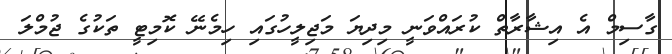
ގާސިމް އެ އިޝާރާތް ކުރައްވަނީ މިދިޔަ މަޖިލީހުގައި ހިމެނޭ ކޮމިޓީ ތަކުގެ ޖުމްލަ